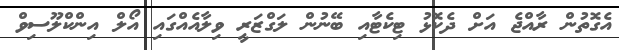
އެގޮތުން ރާއްޖެ އަށް ދެކޮޅު ޓިކެޓާއި ބޭނުން ލަގްޒަރީ ވިލާއެއްގައި އޯލް އިންކްލޫސިވް